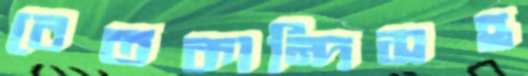
বেতকান্দিসহ